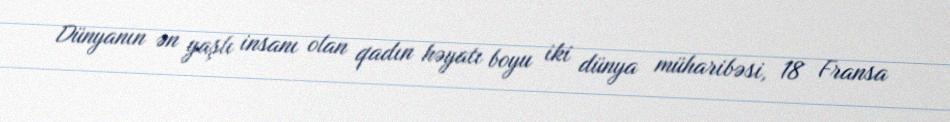
Dünyanın ən yaşlı insanı olan qadın həyatı boyu iki dünya müharibəsi, 18 Fransa